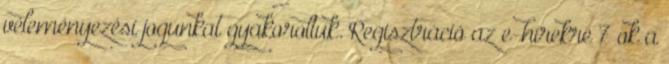
véleményezési jogunkat gyakoroltuk. Regisztráció az e-hírekre 7 ok a